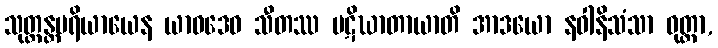
သုတ္တန္တပရိယာယေန ယာဝဒေဝ သီတဿ ပဋိဃာတာယာတိ အာဒယော နဝါနိသံသာ ဝုတ္တာ,